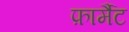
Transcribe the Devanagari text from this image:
फ़ार्मैट